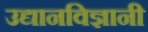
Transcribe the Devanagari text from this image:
उद्यानविज्ञानी